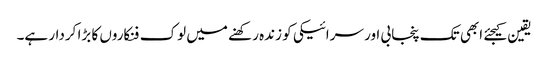
یقین کیجئے ابھی تک پنجابی اور سرائیکی کو زندہ رکھنے میں لوک فنکاروں کا بڑا کردار ہے۔